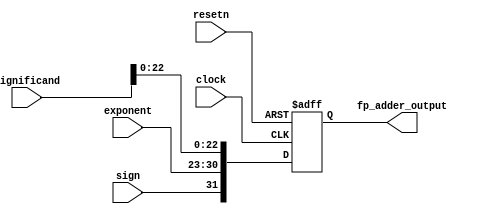
module result_adder_status(clock, resetn, sign, exponent, significand, fp_adder_output);
	input clock,resetn;
	
	input sign;
	input [7:0] exponent;
	input [23:0] significand;
	
	output reg [31:0] fp_adder_output;

	always@(posedge clock, negedge resetn) begin
		if(!resetn) begin
			fp_adder_output <= 0;
		end
		else begin
			fp_adder_output <= {sign, exponent, significand[22:0]};
		end
	end

endmodule